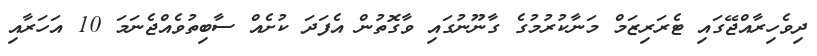
ދިވެހިރާއްޖޭގައި ޓެރަރިޒަމް މަނާކުރުމުގެ ގާނޫނުގައި ވާގޮތުން އެފަދަ ކުށެއް ސާބިތުވެއްޖެނަމަ 10 އަހަރާއި